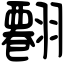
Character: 𦒘